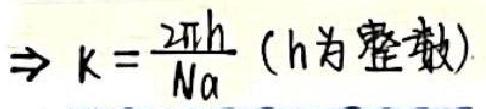
$\Rightarrow k=\frac{2\pi h}{Na}$ ($h$为整数)